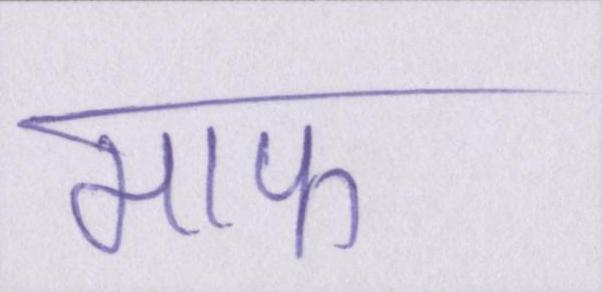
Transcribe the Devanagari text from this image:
माफ